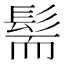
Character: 髵